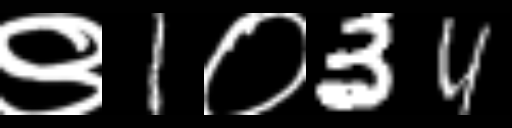
Text: ९1०34